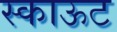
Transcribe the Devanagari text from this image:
स्काऊट